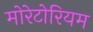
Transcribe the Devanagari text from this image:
मोरेटोरियम